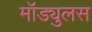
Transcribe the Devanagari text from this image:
मॉड्युलस